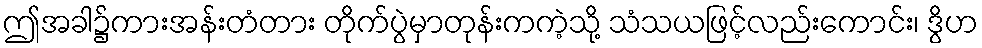
ဤအခါ၌ကားအန်းတံတား တိုက်ပွဲမှာတုန်းကကဲ့သို့ သံသယဖြင့်လည်းကောင်း၊ ဒွိဟ